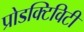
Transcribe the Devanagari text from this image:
प्रोडक्टिविटी